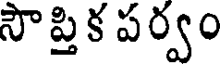
సౌప్తిక పర్వం